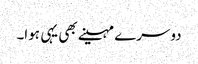
دوسرے مہینے بھی یہی ہوا۔